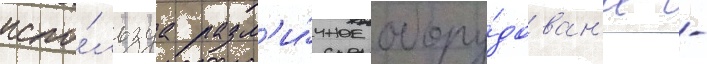
испо́льзуа разл'и́чное обору́дован'ие -